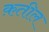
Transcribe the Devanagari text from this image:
क़तील